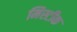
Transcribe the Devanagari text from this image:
मिस्टीक